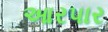
આરપાર